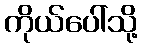
ကိုယ်ပေါ်သို့